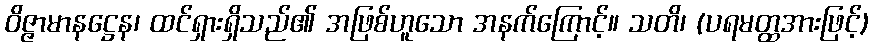
ဝိဇ္ဇာမာနဋ္ဌေန၊ ထင်ရှားရှိသည်၏ အဖြစ်ဟူသော အနက်ကြောင့်။ သတိ၊ (ပရမတ္ထအားဖြင့်)